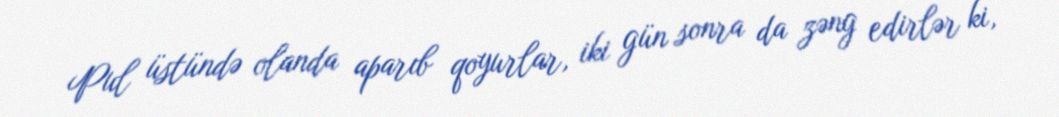
Pul üstündə olanda aparıb qoyurlar, iki gün sonra da zəng edirlər ki,